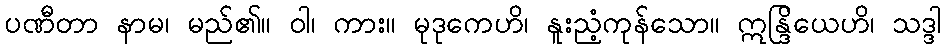
ပဏီတာ နာမ၊ မည်၏။ ဝါ၊ ကား။ မုဒုကေဟိ၊ နူးညံ့ကုန်သော။ ဣန္ဒြိယေဟိ၊ သဒ္ဒါ